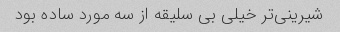
شیرینی‌تر خیلی بی سلیقه از سه مورد ساده بود